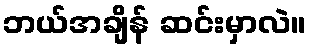
ဘယ်အချိန် ဆင်းမှာလဲ။